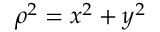
\rho ^ { 2 } = x ^ { 2 } + y ^ { 2 }